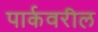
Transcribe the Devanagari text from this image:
पार्कवरील